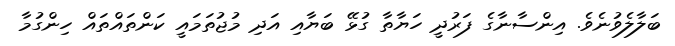
ބަލާލެވުނެވެ. އިންސާނާގެ ފަރުދީ ހަޔާތާ ގުޅޭ ބަޔާއި އަދި މުޖުތަމައީ ކަންތައްތައް ހިންގުމާ